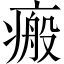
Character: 瘢